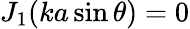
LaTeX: J_{1}(ka\sin\theta)=0